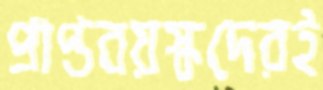
প্রাপ্তবয়স্কদেরই